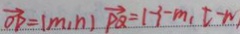
\overrightarrow { O D } = ( m , n ) \overrightarrow { P Q } = \vert - 3 - m , t - m